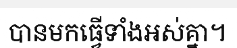
បានមកធ្វើទាំងអស់គ្នា។